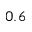
0 . 6